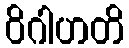
ဝိဂါဟတိ